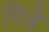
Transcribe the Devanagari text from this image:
गिडे